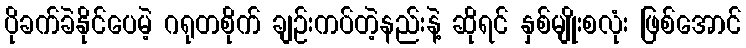
ပိုခက်ခဲနိုင်ပေမဲ့ ဂရုတစိုက် ချဉ်းကပ်တဲ့နည်းနဲ့ ဆိုရင် နှစ်မျိုးစလုံး ဖြစ်အောင်